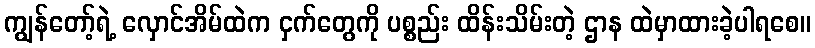
ကျွန်တော့်ရဲ့ လှောင်အိမ်ထဲက ငှက်တွေကို ပစ္စည်း ထိန်းသိမ်းတဲ့ ဌာန ထဲမှာထားခဲ့ပါရစေ။